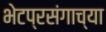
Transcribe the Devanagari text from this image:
भेटप्रसंगाच्या